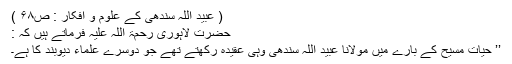
( عبید اللہ سندھیؒ کے علوم و افکار : ص۶۸ )
حضرت لاہوری رحمۃ اللہ علیہ فرماتے ہیں کہ :
’’ حیات مسیح کے بارے میں مولانا عبید اللہ سندھی وہی عقیدہ رکھتے تھے جو دوسرے علماء دیوبند کا ہے۔